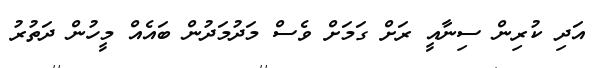
އަދި ކުރިން ސިނާއީ ރަށް ގަމަށް ވެސް މަދުމަދުން ބައެއް މީހުން ދަތުރު